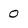
Character: 0